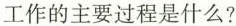
工作的主要过程是什么?